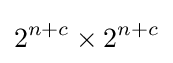
2^{n+c}\times 2^{n+c}